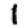
Digit: 1